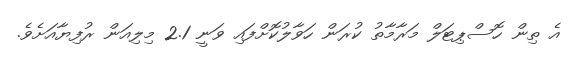
އެ ތިން ހޮސްޕިޓަލް މަރާމާތު ކުރަން ހަވާލުކޮށްފައި ވަނީ 2.1 މިލިއަން ރުފިޔާއަށެވެ.